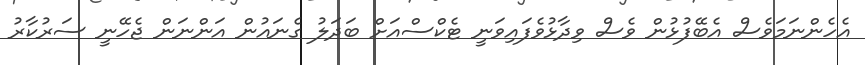
އެހެންނަމަވެސް އެބޭފުޅުން ވެސް ވިދާޅުވެފައިވަނީ ޓެކްސްއަށް ބަދަލު ގެނައުން އަންނަން ޖެހޭނީ ސަރުކާރު